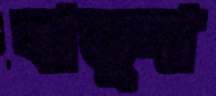
বাড়ুদা